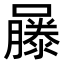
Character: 𡂾